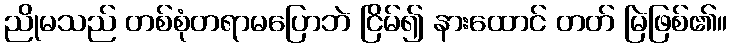
ညိုမသည် တစ်စုံတရာမပြောဘဲ ငြိမ်၍ နားထောင် တတ် မြဲဖြစ်၏။